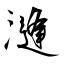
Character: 漨